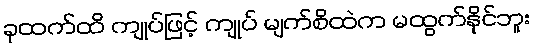
ခုထက်ထိ ကျုပ်ဖြင့် ကျုပ် မျက်စိထဲက မထွက်နိုင်ဘူး